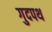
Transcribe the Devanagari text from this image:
गुदपथ